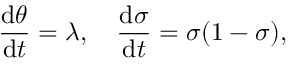
\frac { \mathrm { d } \theta } { \mathrm { d } t } = \lambda , \quad \frac { \mathrm { d } \sigma } { \mathrm { d } t } = \sigma ( 1 - \sigma ) ,